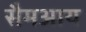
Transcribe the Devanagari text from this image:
सैमआय